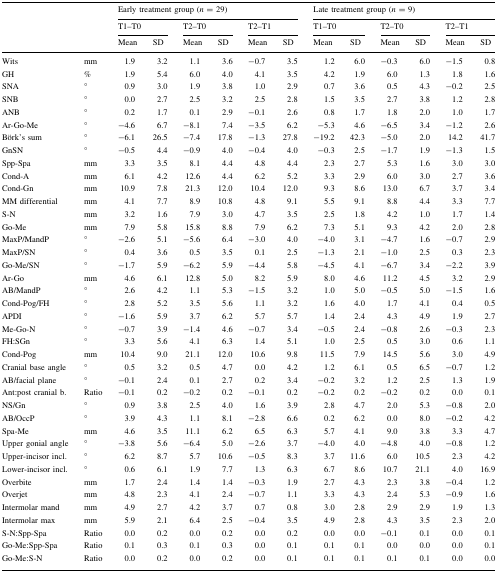
<table><thead><tr><td rowspan="3" colspan="2"></td><td colspan="6"><b>Early treatment group (<i>n</i> = 29)</b></td><td colspan="6"><b>Late treatment group (<i>n</i> = 9)</b></td></tr><tr><td colspan="2"><b>T1–T0</b></td><td colspan="2"><b>T2–T0</b></td><td colspan="2"><b>T2–T1</b></td><td colspan="2"><b>T1–T0</b></td><td colspan="2"><b>T2–T0</b></td><td colspan="2"><b>T2–T1</b></td></tr><tr><td><b>Mean</b></td><td><b>SD</b></td><td><b>Mean</b></td><td><b>SD</b></td><td><b>Mean</b></td><td><b>SD</b></td><td><b>Mean</b></td><td><b>SD</b></td><td><b>Mean</b></td><td><b>SD</b></td><td><b>Mean</b></td><td><b>SD</b></td></tr></thead><tbody><tr><td>Wits</td><td>mm</td><td>1.9</td><td>3.2</td><td>1.1</td><td>3.6</td><td>−0.7</td><td>3.5</td><td>1.2</td><td>6.0</td><td>−0.3</td><td>6.0</td><td>−1.5</td><td>0.8</td></tr><tr><td>GH</td><td>%</td><td>1.9</td><td>5.4</td><td>6.0</td><td>4.0</td><td>4.1</td><td>3.5</td><td>4.2</td><td>1.9</td><td>6.0</td><td>1.3</td><td>1.8</td><td>1.6</td></tr><tr><td>SNA</td><td>°</td><td>0.9</td><td>3.0</td><td>1.9</td><td>3.8</td><td>1.0</td><td>2.9</td><td>0.7</td><td>3.6</td><td>0.5</td><td>4.3</td><td>−0.2</td><td>2.5</td></tr><tr><td>SNB</td><td>°</td><td>0.0</td><td>2.7</td><td>2.5</td><td>3.2</td><td>2.5</td><td>2.8</td><td>1.5</td><td>3.5</td><td>2.7</td><td>3.8</td><td>1.2</td><td>2.8</td></tr><tr><td>ANB</td><td>°</td><td>0.2</td><td>1.7</td><td>0.1</td><td>2.9</td><td>−0.1</td><td>2.6</td><td>0.8</td><td>1.7</td><td>1.8</td><td>2.0</td><td>1.0</td><td>1.7</td></tr><tr><td>Ar-Go-Me</td><td>°</td><td>−4.6</td><td>6.7</td><td>−8.1</td><td>7.4</td><td>−3.5</td><td>6.2</td><td>−5.3</td><td>4.6</td><td>−6.5</td><td>3.4</td><td>−1.2</td><td>2.6</td></tr><tr><td>Börk’s sum</td><td>°</td><td>−6.1</td><td>26.5</td><td>−7.4</td><td>17.8</td><td>−1.3</td><td>27.8</td><td>−19.2</td><td>42.3</td><td>−5.0</td><td>2.0</td><td>14.2</td><td>41.7</td></tr><tr><td>GnSN</td><td>°</td><td>−0.5</td><td>4.4</td><td>−0.9</td><td>4.0</td><td>−0.4</td><td>4.0</td><td>−0.3</td><td>2.5</td><td>−1.7</td><td>1.9</td><td>−1.3</td><td>1.5</td></tr><tr><td>Spp-Spa</td><td>mm</td><td>3.3</td><td>3.5</td><td>8.1</td><td>4.4</td><td>4.8</td><td>4.4</td><td>2.3</td><td>2.7</td><td>5.3</td><td>1.6</td><td>3.0</td><td>3.0</td></tr><tr><td>Cond-A</td><td>mm</td><td>6.1</td><td>4.2</td><td>12.6</td><td>4.4</td><td>6.2</td><td>5.2</td><td>3.3</td><td>2.9</td><td>6.0</td><td>3.0</td><td>2.7</td><td>3.6</td></tr><tr><td>Cond-Gn</td><td>mm</td><td>10.9</td><td>7.8</td><td>21.3</td><td>12.0</td><td>10.4</td><td>12.0</td><td>9.3</td><td>8.6</td><td>13.0</td><td>6.7</td><td>3.7</td><td>3.4</td></tr><tr><td>MM differential</td><td>mm</td><td>4.1</td><td>7.7</td><td>8.9</td><td>10.8</td><td>4.8</td><td>9.1</td><td>5.5</td><td>9.1</td><td>8.8</td><td>4.4</td><td>3.3</td><td>7.7</td></tr><tr><td>S-N</td><td>mm</td><td>3.2</td><td>1.6</td><td>7.9</td><td>3.0</td><td>4.7</td><td>3.5</td><td>2.5</td><td>1.8</td><td>4.2</td><td>1.0</td><td>1.7</td><td>1.4</td></tr><tr><td>Go-Me</td><td>mm</td><td>7.9</td><td>5.8</td><td>15.8</td><td>8.8</td><td>7.9</td><td>6.2</td><td>7.3</td><td>5.1</td><td>9.3</td><td>4.2</td><td>2.0</td><td>2.8</td></tr><tr><td>MaxP/MandP</td><td>°</td><td>−2.6</td><td>5.1</td><td>−5.6</td><td>6.4</td><td>−3.0</td><td>4.0</td><td>−4.0</td><td>3.1</td><td>−4.7</td><td>1.6</td><td>−0.7</td><td>2.9</td></tr><tr><td>MaxP/SN</td><td>°</td><td>0.4</td><td>3.6</td><td>0.5</td><td>3.5</td><td>0.1</td><td>2.5</td><td>−1.3</td><td>2.1</td><td>−1.0</td><td>2.5</td><td>0.3</td><td>2.3</td></tr><tr><td>Go-Me/SN</td><td>°</td><td>−1.7</td><td>5.9</td><td>−6.2</td><td>5.9</td><td>−4.4</td><td>5.8</td><td>−4.5</td><td>4.1</td><td>−6.7</td><td>3.4</td><td>−2.2</td><td>3.9</td></tr><tr><td>Ar-Go</td><td>mm</td><td>4.6</td><td>6.1</td><td>12.8</td><td>5.0</td><td>8.2</td><td>5.9</td><td>8.0</td><td>4.6</td><td>11.2</td><td>4.5</td><td>3.2</td><td>2.9</td></tr><tr><td>AB/MandP</td><td>°</td><td>2.6</td><td>4.2</td><td>1.1</td><td>5.3</td><td>−1.5</td><td>3.2</td><td>1.0</td><td>5.0</td><td>−0.5</td><td>5.0</td><td>−1.5</td><td>1.6</td></tr><tr><td>Cond-Pog/FH</td><td>°</td><td>2.8</td><td>5.2</td><td>3.5</td><td>5.6</td><td>1.1</td><td>3.2</td><td>1.6</td><td>4.0</td><td>1.7</td><td>4.1</td><td>0.4</td><td>0.5</td></tr><tr><td>APDI</td><td>°</td><td>−1.6</td><td>5.9</td><td>3.7</td><td>6.2</td><td>5.7</td><td>5.7</td><td>1.4</td><td>2.4</td><td>4.3</td><td>4.9</td><td>1.9</td><td>2.7</td></tr><tr><td>Me-Go-N</td><td>°</td><td>−0.7</td><td>3.9</td><td>−1.4</td><td>4.6</td><td>−0.7</td><td>3.4</td><td>−0.5</td><td>2.4</td><td>−0.8</td><td>2.6</td><td>−0.3</td><td>2.3</td></tr><tr><td>FH:SGn</td><td>°</td><td>3.3</td><td>5.6</td><td>4.1</td><td>6.3</td><td>1.4</td><td>5.1</td><td>1.0</td><td>2.5</td><td>0.5</td><td>3.0</td><td>0.6</td><td>1.1</td></tr><tr><td>Cond-Pog</td><td>mm</td><td>10.4</td><td>9.0</td><td>21.1</td><td>12.0</td><td>10.6</td><td>9.8</td><td>11.5</td><td>7.9</td><td>14.5</td><td>5.6</td><td>3.0</td><td>4.9</td></tr><tr><td>Cranial base angle</td><td>°</td><td>0.5</td><td>3.2</td><td>0.5</td><td>4.7</td><td>0.0</td><td>4.2</td><td>1.2</td><td>6.1</td><td>0.5</td><td>6.5</td><td>−0.7</td><td>1.2</td></tr><tr><td>AB/facial plane</td><td>°</td><td>−0.1</td><td>2.4</td><td>0.1</td><td>2.7</td><td>0.2</td><td>3.4</td><td>−0.2</td><td>3.2</td><td>1.2</td><td>2.5</td><td>1.3</td><td>1.9</td></tr><tr><td>Ant:post cranial b.</td><td>Ratio</td><td>−0.1</td><td>0.2</td><td>−0.2</td><td>0.2</td><td>−0.1</td><td>0.2</td><td>−0.2</td><td>0.2</td><td>−0.2</td><td>0.2</td><td>0.0</td><td>0.1</td></tr><tr><td>NS/Gn</td><td>°</td><td>0.9</td><td>3.8</td><td>2.5</td><td>4.0</td><td>1.6</td><td>3.9</td><td>2.8</td><td>4.7</td><td>2.0</td><td>5.3</td><td>−0.8</td><td>2.0</td></tr><tr><td>AB/OccP</td><td>°</td><td>3.9</td><td>4.3</td><td>1.1</td><td>8.1</td><td>−2.8</td><td>6.6</td><td>0.2</td><td>6.2</td><td>0.0</td><td>8.0</td><td>−0.2</td><td>4.2</td></tr><tr><td>Spa-Me</td><td>mm</td><td>4.6</td><td>3.5</td><td>11.1</td><td>6.2</td><td>6.5</td><td>6.3</td><td>5.7</td><td>4.1</td><td>9.0</td><td>3.8</td><td>3.3</td><td>4.7</td></tr><tr><td>Upper gonial angle</td><td>°</td><td>−3.8</td><td>5.6</td><td>−6.4</td><td>5.0</td><td>−2.6</td><td>3.7</td><td>−4.0</td><td>4.0</td><td>−4.8</td><td>4.0</td><td>−0.8</td><td>1.2</td></tr><tr><td>Upper-incisor incl.</td><td>°</td><td>6.2</td><td>8.7</td><td>5.7</td><td>10.6</td><td>−0.5</td><td>8.3</td><td>3.7</td><td>11.6</td><td>6.0</td><td>10.5</td><td>2.3</td><td>4.2</td></tr><tr><td>Lower-incisor incl.</td><td>°</td><td>0.6</td><td>6.1</td><td>1.9</td><td>7.7</td><td>1.3</td><td>6.3</td><td>6.7</td><td>8.6</td><td>10.7</td><td>21.1</td><td>4.0</td><td>16.9</td></tr><tr><td>Overbite</td><td>mm</td><td>1.7</td><td>2.4</td><td>1.4</td><td>1.4</td><td>−0.3</td><td>1.9</td><td>2.7</td><td>4.3</td><td>2.3</td><td>3.8</td><td>−0.4</td><td>1.2</td></tr><tr><td>Overjet</td><td>mm</td><td>4.8</td><td>2.3</td><td>4.1</td><td>2.4</td><td>−0.7</td><td>1.1</td><td>3.3</td><td>4.3</td><td>2.4</td><td>5.3</td><td>−0.9</td><td>1.6</td></tr><tr><td>Intermolar mand</td><td>mm</td><td>4.9</td><td>2.7</td><td>4.2</td><td>3.7</td><td>0.7</td><td>0.8</td><td>3.0</td><td>2.8</td><td>2.9</td><td>2.9</td><td>1.9</td><td>1.3</td></tr><tr><td>Intermolar max</td><td>mm</td><td>5.9</td><td>2.1</td><td>6.4</td><td>2.5</td><td>−0.4</td><td>3.5</td><td>4.9</td><td>2.8</td><td>4.3</td><td>3.5</td><td>2.3</td><td>2.0</td></tr><tr><td>S-N:Spp-Spa</td><td>Ratio</td><td>0.0</td><td>0.2</td><td>0.0</td><td>0.2</td><td>0.0</td><td>0.2</td><td>0.0</td><td>0.0</td><td>−0.1</td><td>0.1</td><td>0.0</td><td>0.1</td></tr><tr><td>Go-Me:Spp-Spa</td><td>Ratio</td><td>0.1</td><td>0.3</td><td>0.1</td><td>0.3</td><td>0.0</td><td>0.1</td><td>0.1</td><td>0.1</td><td>0.0</td><td>0.0</td><td>0.0</td><td>0.1</td></tr><tr><td>Go-Me:S-N</td><td>Ratio</td><td>0.0</td><td>0.2</td><td>0.0</td><td>0.2</td><td>0.0</td><td>0.1</td><td>0.1</td><td>0.1</td><td>0.1</td><td>0.1</td><td>0.0</td><td>0.0</td></tr></tbody></table>